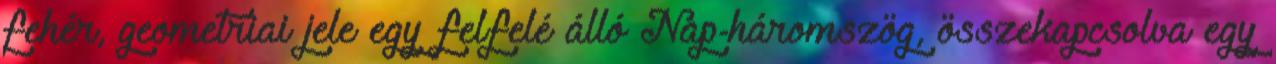
fehér, geometriai jele egy felfelé álló Nap-háromszög, összekapcsolva egy